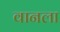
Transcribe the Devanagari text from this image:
वानला